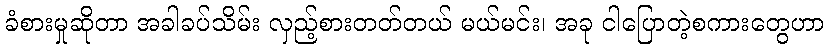
ခံစားမှုဆိုတာ အခါခပ်သိမ်း လှည့်စားတတ်တယ် မယ်မင်း၊ အခု ငါပြောတဲ့စကားတွေဟာ